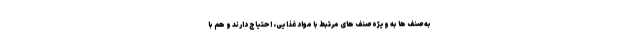
به صنف ها به ویژه صنف های مرتبط با مواد غذایی، احتیاج دارند و هم با